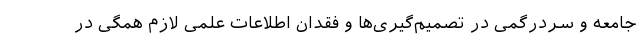
جامعه و سردرگمی در تصمیم‌گیری‌ها و فقدان اطلاعات علمی لازم همگی در